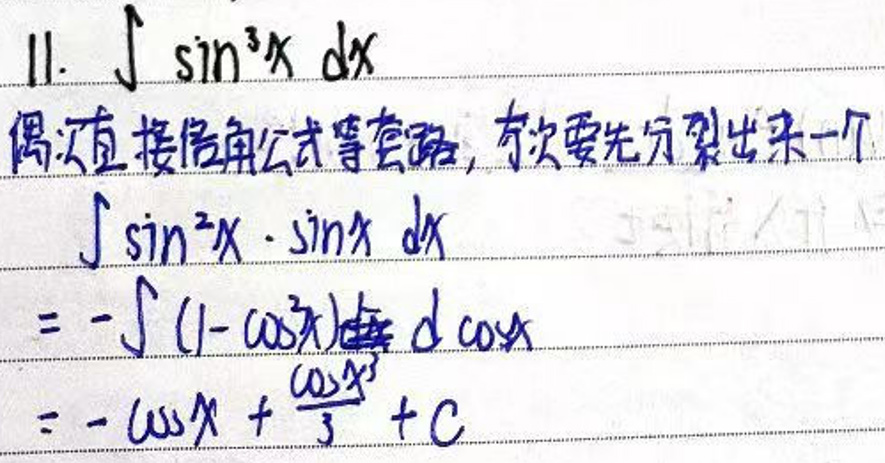
\(\int\sin^{3}x\mathrm{d}x\)\\
偶次幂接倍角公式等变换，这里要先分拆出来一个\\
\(\int\sin^{2}x\cdot\sin x\mathrm{d}x\)\\
\(=-\int(1-\cos^{2}x)\mathrm{d}\cos x\)\\
\(=-\cos x+\frac{\cos^{3}x}{3}+C\)